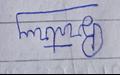
Signature authenticity: forged